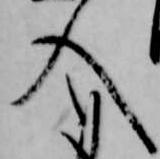
入